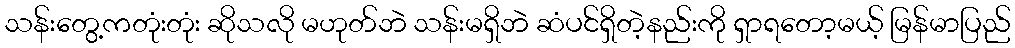
သန်းတွေ့ကတုံးတုံး ဆိုသလို မဟုတ်ဘဲ သန်းမရှိဘဲ ဆံပင်ရှိတဲ့နည်းကို ရှာရတော့မယ့် မြန်မာပြည်